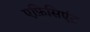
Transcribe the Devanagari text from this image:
एफ़िसिएंट